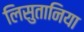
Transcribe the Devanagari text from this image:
लिसुतानिया